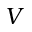
V